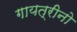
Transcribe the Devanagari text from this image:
गायत्रीनो